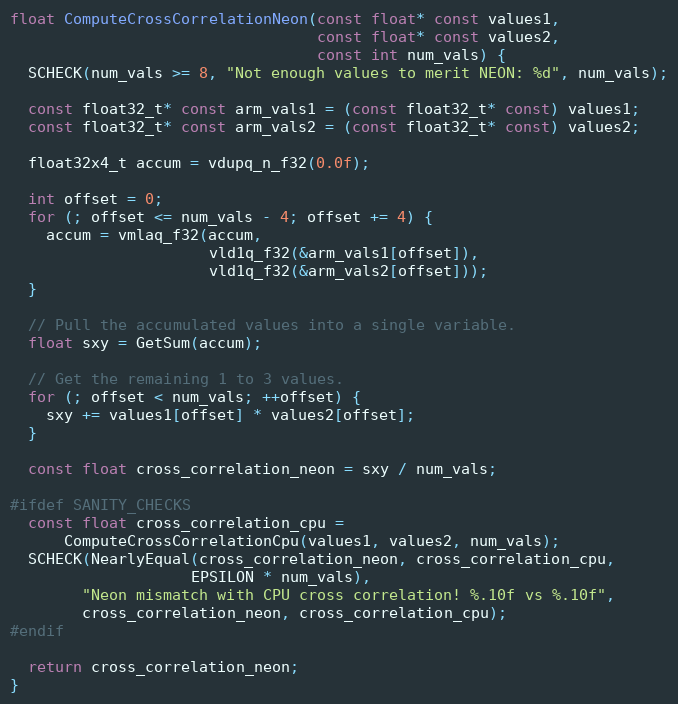
Language: C++
float ComputeCrossCorrelationNeon(const float* const values1,
                                  const float* const values2,
                                  const int num_vals) {
  SCHECK(num_vals >= 8, "Not enough values to merit NEON: %d", num_vals);

  const float32_t* const arm_vals1 = (const float32_t* const) values1;
  const float32_t* const arm_vals2 = (const float32_t* const) values2;

  float32x4_t accum = vdupq_n_f32(0.0f);

  int offset = 0;
  for (; offset <= num_vals - 4; offset += 4) {
    accum = vmlaq_f32(accum,
                      vld1q_f32(&arm_vals1[offset]),
                      vld1q_f32(&arm_vals2[offset]));
  }

  // Pull the accumulated values into a single variable.
  float sxy = GetSum(accum);

  // Get the remaining 1 to 3 values.
  for (; offset < num_vals; ++offset) {
    sxy += values1[offset] * values2[offset];
  }

  const float cross_correlation_neon = sxy / num_vals;

#ifdef SANITY_CHECKS
  const float cross_correlation_cpu =
      ComputeCrossCorrelationCpu(values1, values2, num_vals);
  SCHECK(NearlyEqual(cross_correlation_neon, cross_correlation_cpu,
                    EPSILON * num_vals),
        "Neon mismatch with CPU cross correlation! %.10f vs %.10f",
        cross_correlation_neon, cross_correlation_cpu);
#endif

  return cross_correlation_neon;
}